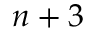
n + 3